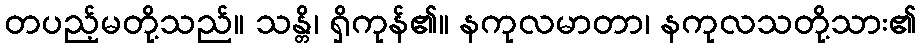
တပည့်မတို့သည်။ သန္တိ၊ ရှိကုန်၏။ နကုလမာတာ၊ နကုလသတို့သား၏